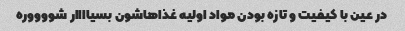
در عین با کیفیت و تازه بودن مواد اولیه غذاهاشون بسیاااار شووووره